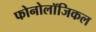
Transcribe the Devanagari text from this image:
फोनोलॉजिकल